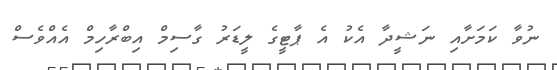
ނުވާ ކަމަށާއި ނަޝީދާ އެކު އެ ޕާޓީގެ ލީޑަރު ގާސިމް އިބްރާހިމް އެއްވެސް